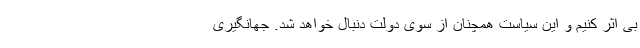
بی اثر کنیم و این سیاست همچنان از سوی دولت دنبال خواهد شد. جهانگیری